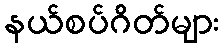
နယ်စပ်ဂိတ်များ